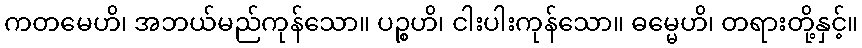
ကတမေဟိ၊ အဘယ်မည်ကုန်သော။ ပဉ္စဟိ၊ ငါးပါးကုန်သော။ ဓမ္မေဟိ၊ တရားတို့နှင့်။